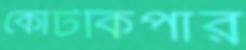
কোর্টকিপার